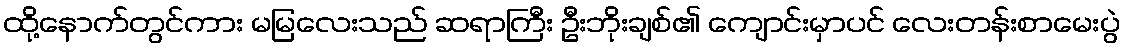
ထို့နောက်တွင်ကား မမြလေးသည် ဆရာကြီး ဦးဘိုးချစ်၏ ကျောင်းမှာပင် လေးတန်းစာမေးပွဲ